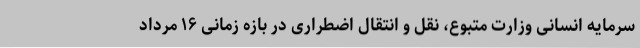
سرمایه انسانی وزارت متبوع، نقل و انتقال اضطراری در بازه زمانی ۱۶ مرداد